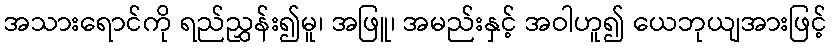
အသားရောင်ကို ရည်ညွှန်း၍မူ၊ အဖြူ၊ အမည်းနှင့် အဝါဟူ၍ ယေဘုယျအားဖြင့်